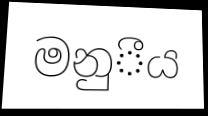
මනුීය